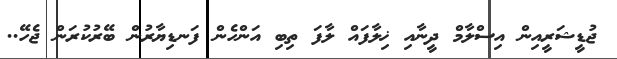
ޖުޑީޝަރީއިން އިސްލާމް ދީނާއި ޚިލާފައް ލާފަ ތިބި އަންހެން ފަނޑިޔާރުން ބޭރުކުރަން ޖެހޭ..